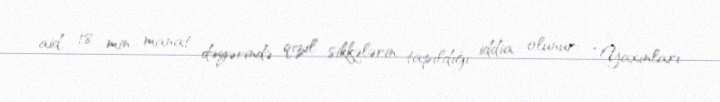
aid, 18 min manat dəyərində qızıl sikkələrin tapıldığı iddia olunur: “Yaxınları